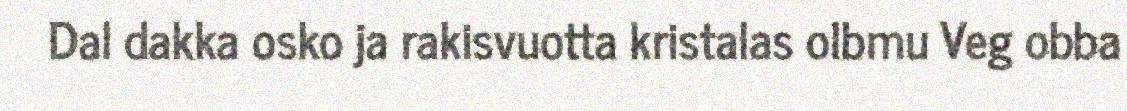
Dal dakka osko ja rakisvuotta kristalas olbmu Veg obba